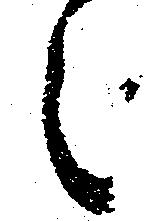
之